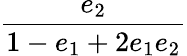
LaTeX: \displaystyle\frac{e_{2}}{1-e_{1}+2e_{1}e_{2}}